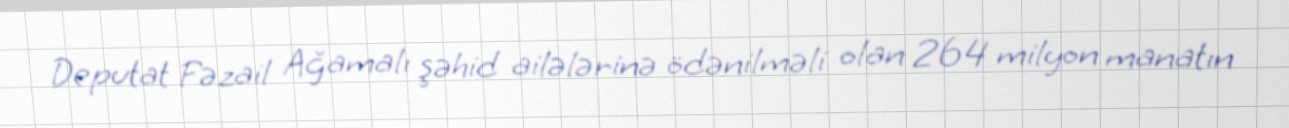
Deputat Fəzail Ağamalı şəhid ailələrinə ödənilməli olan 264 milyon manatın